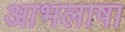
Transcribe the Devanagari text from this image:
आभलाषा